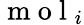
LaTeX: \mathrm{~m~o~l~}_{i}